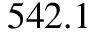
5 4 2 . 1